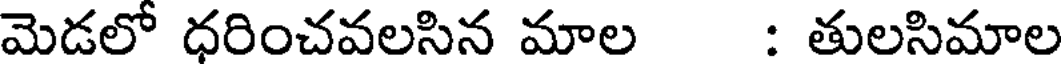
మెడలో ధరించవలసిన మాల : తులసిమాల